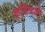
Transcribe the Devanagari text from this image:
कवित्रयों